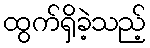
ထွက်ရှိခဲ့သည့်